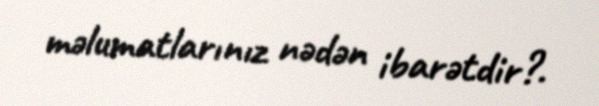
məlumatlarınız nədən ibarətdir?.